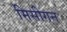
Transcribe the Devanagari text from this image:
मिसीगन